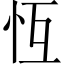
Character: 𢗝